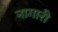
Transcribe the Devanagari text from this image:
नागारी